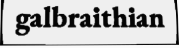
galbraithian